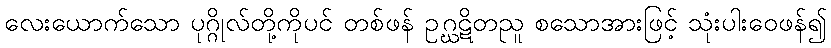
လေးယောက်သော ပုဂ္ဂိုလ်တို့ကိုပင် တစ်ဖန် ဥဂ္ဃဋိတညူ စသောအားဖြင့် သုံးပါးဝေဖန်၍